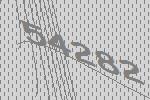
54282